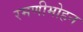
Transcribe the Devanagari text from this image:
रमणीमोहन